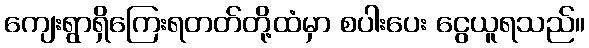
ကျေးရွာရှိကြေးရတတ်တို့ထံမှာ စပါးပေး ငွေယူရသည်။